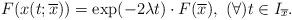
LaTeX: \begin{align*}F(x(t;\overline{x}))= \exp(-2\lambda t) \cdot F(\overline{x}), ~ (\forall)t\in I_{\overline{x}}.\end{align*}